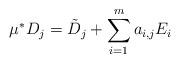
LaTeX: \begin{align*}\mu^* D_j = \tilde{D}_j + \sum_{i=1}^m a_{i,j} E_i \end{align*}